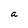
Character: a